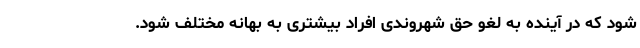
شود که در آینده به لغو حق شهروندی افراد بیشتری به بهانه مختلف شود.